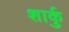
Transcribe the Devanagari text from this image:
शार्कु